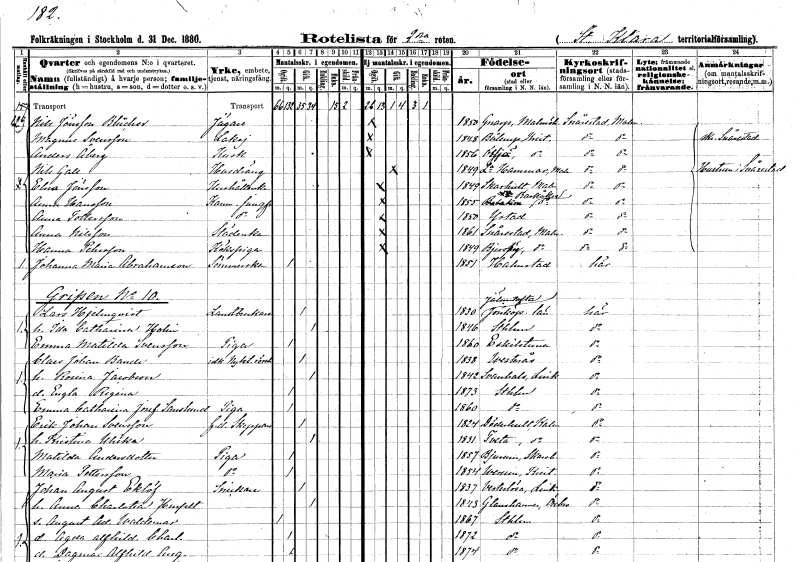
gt_parse: households: individuals: FN: Nils
EN: Jönsson Blücher
YRKE: Jägare
KON: M
CIV: O
FODAR: 1850
FODFORS: Genarp Malmöhus län
FN: Magnus
EN: Svensson
YRKE: Lakej
KON: M
CIV: O
FODAR: 1848
FODFORS: Bollerup Kristianstads län
FN: Anders
EN: Åberg
YRKE: Kusk
KON: M
CIV: O
FODAR: 1856
FODFORS: Össjö Kristianstads län
FN: Nils
EN: Gall
YRKE: Husdräng
KON: M
CIV: G
FODAR: 1849
FODFORS: Stora Hammar Malmöhus län
FN: Elna
EN: Jönsson
YRKE: Hushållerska
KON: K
CIV: O
FODAR: 1849
FODFORS: Skarhult Malmöhus län
FN: Anna
EN: Hansson
YRKE: Kammarjungfru
KON: K
CIV: O
FODAR: 1855
FODFORS: Barkåkra Kristianstads län
FN: Anna
EN: Tollersson
YRKE: Kammarjungfru
KON: K
CIV: O
FODAR: 1850
FODFORS: Ystad Malmöhus län
FN: Anna
EN: Nilsson
YRKE: Städerska
KON: K
CIV: O
FODAR: 1861
FODFORS: Snårestad Malmöhus län
FN: Hanna
EN: Pehrsson
YRKE: Kökspiga
KON: K
CIV: O
FODAR: 1849
FODFORS: Bjärshög Malmöhus län
FN: Johanna Maria
EN: Abrahamsson
YRKE: Sömmerska
KON: K
CIV: O
FODAR: 1851
FODFORS: Halmstad Hallands län
FN: Lars
EN: Hjelmqvist
YRKE: Lantbrukare
KON: M
CIV: G
FODAR: 1830
FODFORS: Jälluntofta Hallands län
FN: Ida Catharina
EN: Holm
KON: K
CIV: G
FODAR: 1846
FODFORS: Stockholm
FN: Emma Matilda
EN: Svensson
YRKE: Piga
KON: K
CIV: O
FODAR: 1860
FODFORS: Eskilstuna Södermanlands län
FN: Claes Johan
EN: Bande
YRKE: Nykterhetsrörelseidkare
KON: M
CIV: G
FODAR: 1838
FODFORS: Västerås Västmanlands län
FN: Rosina
EN: Jacobson
KON: K
CIV: G
FODAR: 1842
FODFORS: Svanshals Östergötlands län
FN: Engla Regina
KON: K
CIV: O
FODAR: 1873
FODFORS: Stockholm
FN: Emma Catharina Josefina
EN: Sandlund
YRKE: Piga
KON: K
CIV: O
FODAR: 1860
FODFORS: Stockholm
FN: Erik Johan
EN: Svensson
YRKE: Skeppare f.d.
KON: M
CIV: G
FODAR: 1824
FODFORS: Döderhult Kalmar län
FN: Kristina Ulrika
KON: K
CIV: G
FODAR: 1831
FODFORS: Tveta Kalmar län
FN: Matilda
EN: Andersdotter
YRKE: Piga
KON: K
CIV: O
FODAR: 1857
FODFORS: Bjurum Skaraborgs län
FN: Maria
EN: Pettersson
YRKE: Piga
KON: K
CIV: O
FODAR: 1854
FODFORS: Verum Kristianstads län